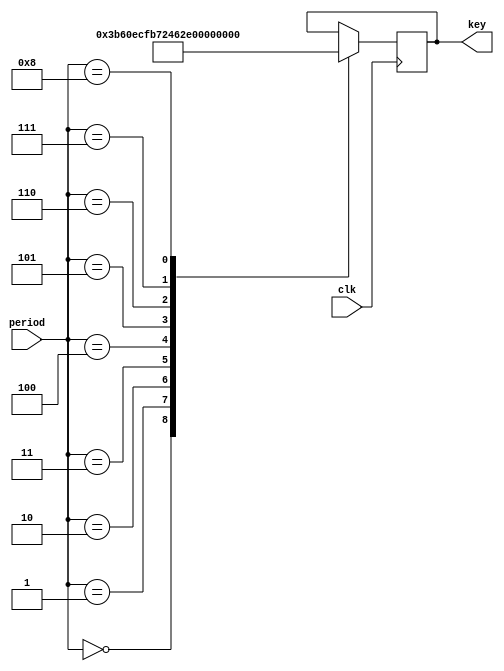
module odo_get_round_key7(clk, period, key);
    input clk;
    input [3:0] period;
    output [9:0] key;
    reg [9:0] key;
    always @(posedge clk) begin
    case (period)
        4'h0: key <= 10'h03b;
        4'h1: key <= 10'h183;
        4'h2: key <= 10'h2cf;
        4'h3: key <= 10'h2dc;
        4'h4: key <= 10'h246;
        4'h5: key <= 10'h0b7;
        4'h6: key <= 10'h1d8;
        4'h7: key <= 10'h2ce;
        4'h8: key <= 10'h3f2;
    endcase
    end
endmodule